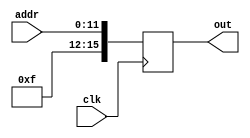
`timescale 1ns / 1ps
//////////////////////////////////////////////////////////////////////////////////
// Company: 
// Engineer: 
// 
// Design Name: 
// Module Name: cos_rom
// Project Name: 
// Target Devices: 
// Tool Versions: 
// Description: 
// 
// Dependencies: 
// 
// Revision:
// Revision 0.01 - File Created
// Additional Comments:
// 
//////////////////////////////////////////////////////////////////////////////////


module sin_rom(clk,addr,out);


input wire           clk;
input wire [11:0]    addr;
output wire [15:0]   out;


reg [15:0]     out_reg;


assign out = out_reg;


always @(posedge clk) begin
    out_reg <= {4'b1111,addr}; // sin, wakaranai toriaezu 1 iretoku
end

    
endmodule